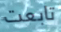
تابعت